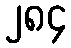
၂၈၄